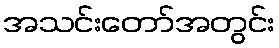
အသင်းတော်အတွင်း